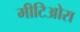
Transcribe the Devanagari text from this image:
मीटिओरा